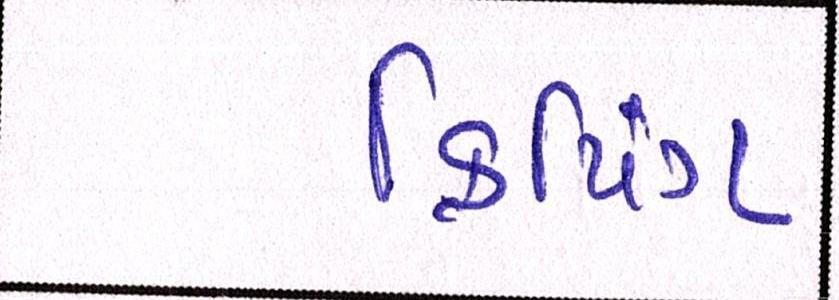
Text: ક્રિપિંગ